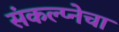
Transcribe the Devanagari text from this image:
संकल्प्नेचा